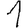
Digit: 1